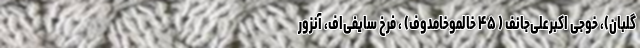
گلبان)، خوجی ‌اکبرعلی‌جانف ( ۴۵ خالموخامدوف) ، فرخ سایفی‌اف، آنزور